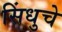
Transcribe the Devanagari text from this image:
सिंधुचे